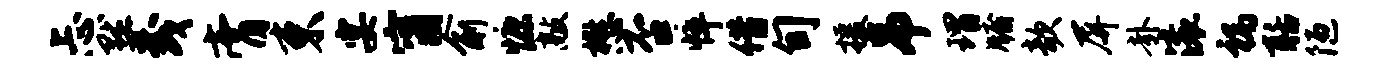
忐默茂膏束宴甯俞慷敲懋否悴借旬援吊瑁牖欹屏卦滚祸聒陋